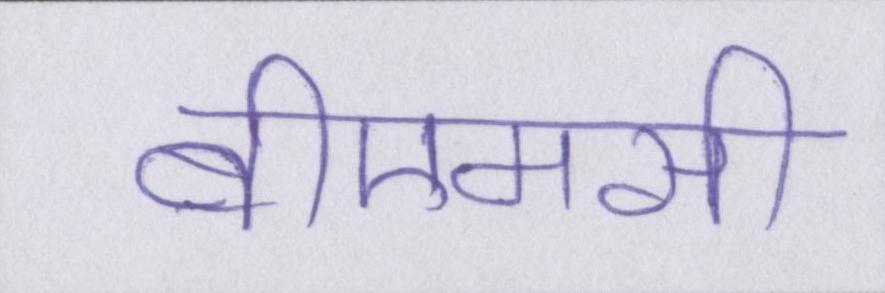
बीएमसी